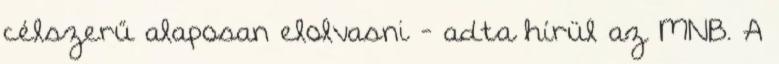
célszerű alaposan elolvasni - adta hírül az MNB. A